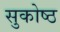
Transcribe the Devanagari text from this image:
सुकोष्ठ